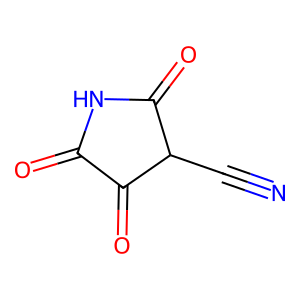
SMILES: N#CC1C(=O)NC(=O)C1=O
Inhibits HIV replication: No